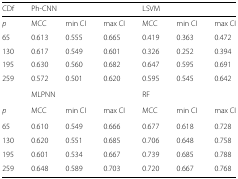
| CDf | <COLSPAN=3> Ph-CNN | <COLSPAN=3> LSVM |
 | --- | --- | --- | --- | --- | --- | --- |
 | p | MCC | min CI | max CI | MCC | min CI | max CI |
 | 65 | 0.613 | 0.555 | 0.665 | 0.419 | 0.363 | 0.472 |
 | 130 | 0.617 | 0.549 | 0.601 | 0.326 | 0.252 | 0.394 |
 | 195 | 0.630 | 0.560 | 0.682 | 0.647 | 0.595 | 0.691 |
 | 259 | 0.572 | 0.501 | 0.620 | 0.595 | 0.545 | 0.642 |
 |  | <COLSPAN=3> MLPNN | <COLSPAN=3> RF |
 | p | MCC | min CI | max CI | MCC | min CI | max CI |
 | 65 | 0.610 | 0.549 | 0.666 | 0.677 | 0.618 | 0.728 |
 | 130 | 0.620 | 0.551 | 0.685 | 0.706 | 0.648 | 0.758 |
 | 195 | 0.601 | 0.534 | 0.667 | 0.739 | 0.685 | 0.788 |
 | 259 | 0.648 | 0.589 | 0.703 | 0.720 | 0.667 | 0.768 |